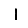
Digit: 1